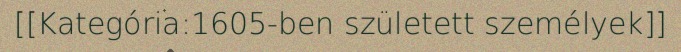
[[Kategória:1605-ben született személyek]]